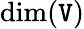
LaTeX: \dim(\mathtt{V})